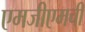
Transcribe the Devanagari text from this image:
एमजीएमची